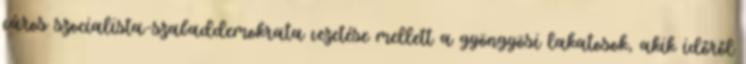
város szocialista-szabaddemokrata vezetése mellett a gyöngyösi lakatosok, akik időről